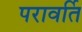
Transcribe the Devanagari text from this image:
परावर्ति